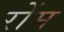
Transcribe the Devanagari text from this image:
रोंम